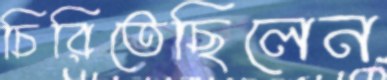
চিরিতেছিলেন